Annual report of the Bengal Veterinary College and of the Civil Veterinary Department, Bengal, for the year 1920-21 - 1920-1921
Year: 1920
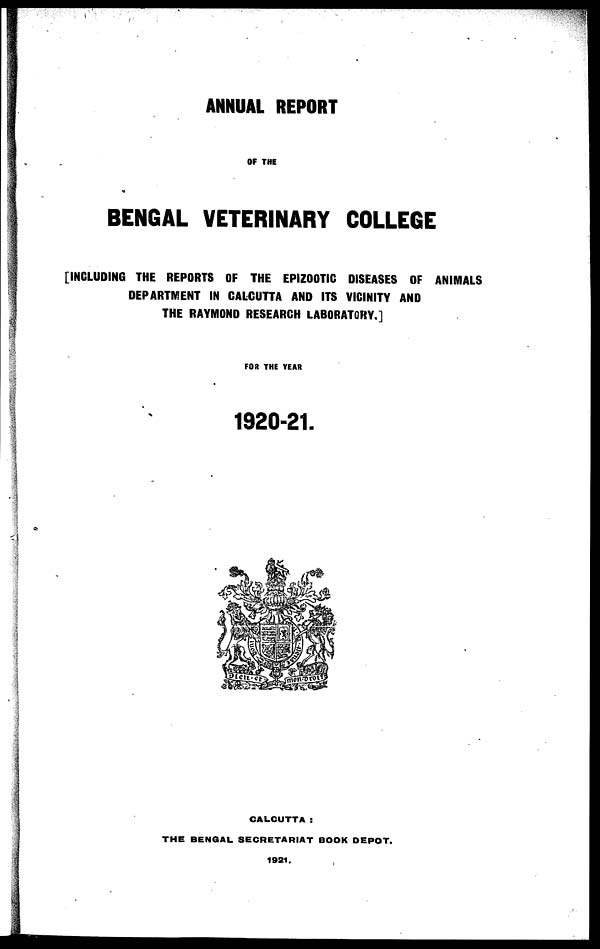
ANNUAL REPORT
OF THE
BENGAL VETERINARY COLLEGE
[INCLUDING THE REPORTS OF THE EPIZOOTIC DISEASES OF ANIMALS
DEPARTMENT IN CALCUTTA AND ITS VICINITY AND
THE RAYMOND RESEARCH LABORATORY.]
FOR THE YEAR
1920-21.
CALCUTTA:
THE BENGAL SECRETARIAT BOOK DEPOT.
1921.